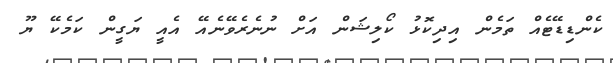
ކެންޑިޑޭޓެއް ތަމެން އިދިކޮޅު ކޯލިޝަން އަށް ނުނެރެވޭނެއޭ އެއީ ޔަގީން ކަމެކޭ ޔޫ